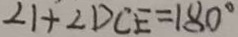
\angle 1 + \angle D C E = 1 8 0 ^ { \circ }